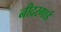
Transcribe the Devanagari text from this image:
नीदरगार्ड